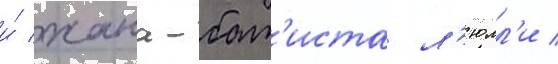
и́ жана-бат'иста л'юлл'и /